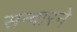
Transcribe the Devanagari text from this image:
सन्वारने